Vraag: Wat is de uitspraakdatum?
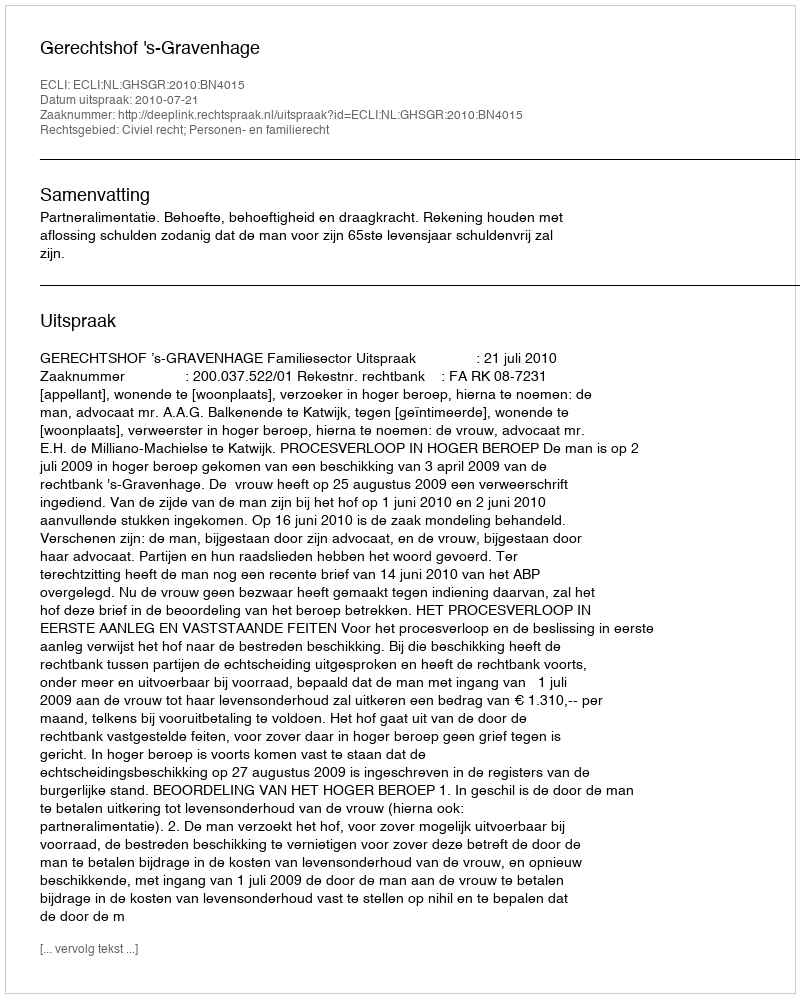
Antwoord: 2010-07-21